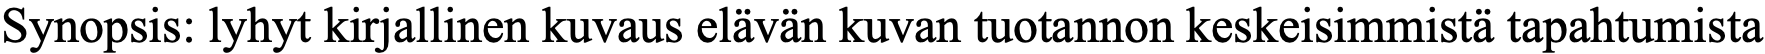
Synopsis: lyhyt kirjallinen kuvaus elävän kuvan tuotannon keskeisimmistä tapahtumista